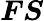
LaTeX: {\boldsymbol{F}}{\boldsymbol{S}}